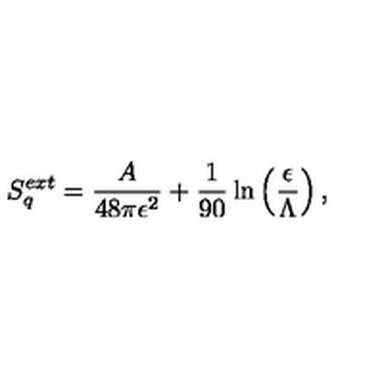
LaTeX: S _ { q } ^ { e x t } = { \frac { A } { 4 8 \pi \epsilon ^ { 2 } } } + { \frac { 1 } { 9 0 } } \ln \left( \frac { \epsilon } { \Lambda } \right) ,